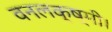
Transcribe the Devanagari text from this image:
वनलक्ष्मी।